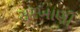
સરખાણી